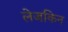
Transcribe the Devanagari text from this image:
लेजकिन